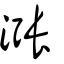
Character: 漲